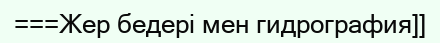
===Жер бедері мен гидрография]]